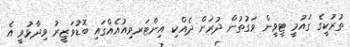
ތުރުކީގެ ގައުމީ ޓީވީން ވަގުތުން ދުރަށް ދެއްކި އިންޓަރވިއުއެއްގައި ބޮޑުވަޒީރު ވިދާޅުވީ އެ